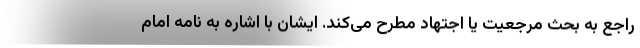
راجع به بحث مرجعیت یا اجتهاد مطرح می‌کند. ایشان با اشاره به نامه امام